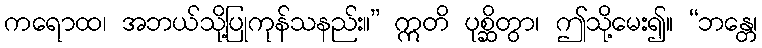
ကရောထ၊ အဘယ်သို့ပြုကုန်သနည်း။” ဣတိ ပုစ္ဆိတွာ၊ ဤသို့မေး၍။ “ဘန္တေ၊